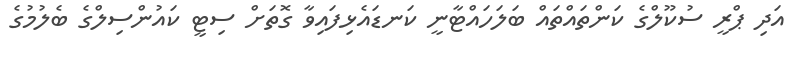
އަދި ޕްރީ ސުކޫލްގެ ކަންތައްތައް ބަލަހައްޓާނީ ކަނޑައެޅިފައިވާ ގޮތަށް ސިޓީ ކައުންސިލްގެ ބެލުމުގެ